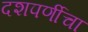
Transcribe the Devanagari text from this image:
दशपर्णीचा